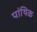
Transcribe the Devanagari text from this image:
पांथिक